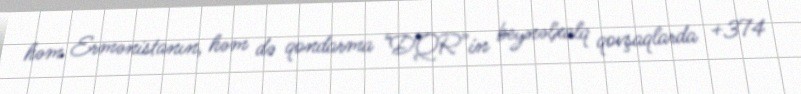
həm Ermənistanın, həm də qondarma “DQR”in beynəlxalq qovşaqlarda +374